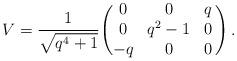
LaTeX: \begin{align*} V = \frac{1}{\sqrt{q^4+1}} \Biggl( \begin{matrix} 0 & 0 & q \\ 0 & q^2 -1 & 0 \\ -q & 0 & 0 \end{matrix} \, \Biggr) \,.\end{align*}